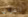
الفردي